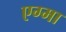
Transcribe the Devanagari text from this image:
एग्मा